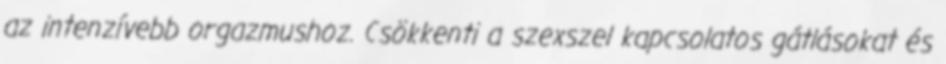
az intenzívebb orgazmushoz. Csökkenti a szexszel kapcsolatos gátlásokat és